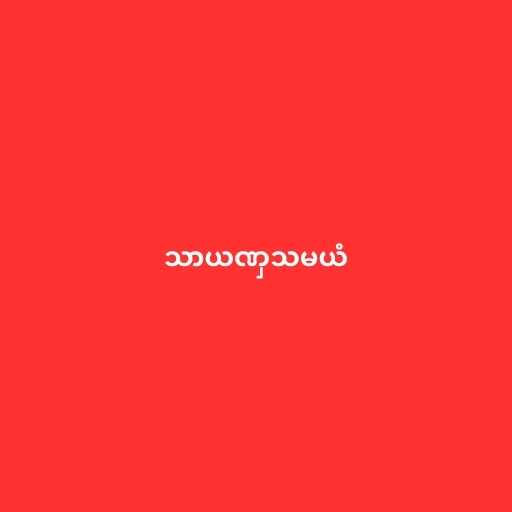
သာယဏှသမယံ